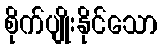
စိုက်ပျိုးနိုင်သော